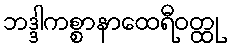
ဘဒ္ဒါကစ္စာနာထေရီဝတ္ထု